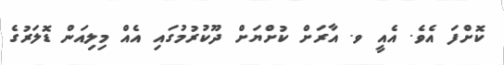
ކޮށްފަ އެވެ. އެއީ ވ. އާރަށް ކުށްޔަށް ދޫކުރުމުގައި އެއް މިލިއަން ޑޮލަރުގެ